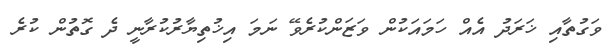
ވަގުތާއި ޚަރަދު އެއް ހަމައަކުން ވަޒަންކުރެވޭ ނަމަ އިޚުތިޔާރުކުރާނީ ދެ ގޮތުން ކުރެ